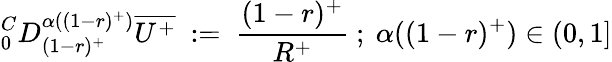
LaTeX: ^C_{0}D_{(1-r)^{+}}^{\alpha((1-r)^{+})}\overline{{U^{+}}}~:=~{\frac{(1-r)^{+}}{R^{+}}}~;~\alpha((1-r)^{+})\in(0,1]